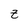
Character: z